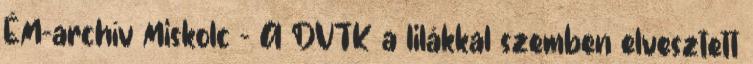
ÉM-archív Miskolc – A DVTK a lilákkal szemben elvesztett